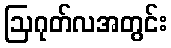
ဩဂုတ်လအတွင်း